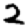
Digit: 2